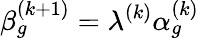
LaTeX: \beta_{g}^{(k+1)}=\lambda^{(k)}\alpha_{g}^{(k)}